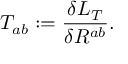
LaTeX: { \cal T } _ { a b } : = \frac { \delta { L } _ { T } } { \delta R ^ { a b } } .